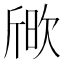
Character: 𣣒